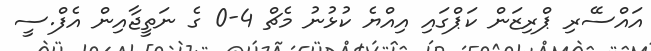
އައްސޭރި ޕްރިޒަން ކަޕްގައި އިއްޔެ ކުޅުނު މެޗް 4-0 ގެ ނަތީޖާއިން އެފް.ސީ